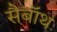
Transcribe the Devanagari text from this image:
सैबॉथ